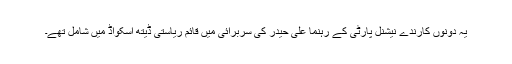
یہ دونوں کارندے نیشنل پارٹی کے رہنما علی حیدر کی سربرائی میں قائم ریاستی ڈیتھ اسکواڈ میں شامل تھے۔